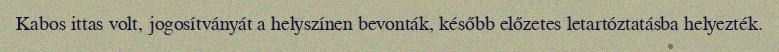
Kabos ittas volt, jogosítványát a helyszínen bevonták, később előzetes letartóztatásba helyezték.